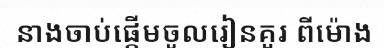
នាងចាប់ផ្តើមចូលរៀនគួរ ពីម៉ោង